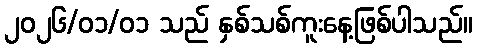
၂၀၂၆/၀၁/၀၁ သည် နှစ်သစ်ကူးနေ့ဖြစ်ပါသည်။